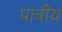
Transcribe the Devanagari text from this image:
पात्रीय